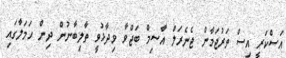
އަސްކަރީ އިސް ތަރުޖަމާން ޖެނެރަލް އާސިމް ބަޖްވާ ވިދާޅުވީ ތާލިބާނުން ދިން ހަމަލާގައި